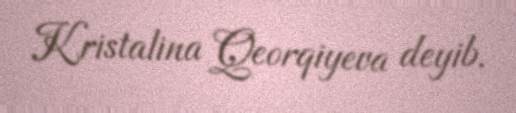
Kristalina Qeorqiyeva deyib.